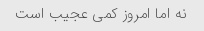
نه اما امروز کمی عجیب است